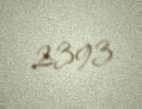
2393